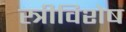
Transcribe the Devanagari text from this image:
स्त्रीविशेष